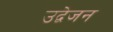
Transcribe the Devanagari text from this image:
उद्वेजन